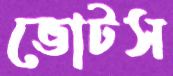
ভোটস